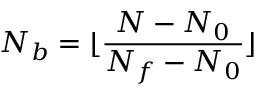
N _ { b } = \lfloor \frac { N - N _ { 0 } } { N _ { f } - N _ { 0 } } \rfloor